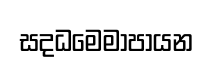
සදධමෙමාපායන